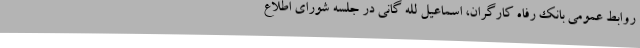
روابط عمومی بانک رفاه کارگران، اسماعیل لله گانی در جلسه شورای اطلاع